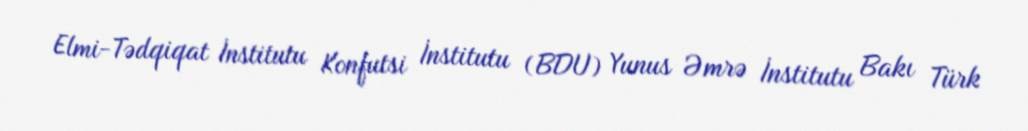
Elmi-Tədqiqat İnstitutu Konfutsi İnstitutu (BDU) Yunus Əmrə İnstitutu Bakı Türk